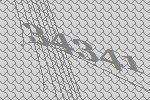
34341